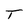
Character: T